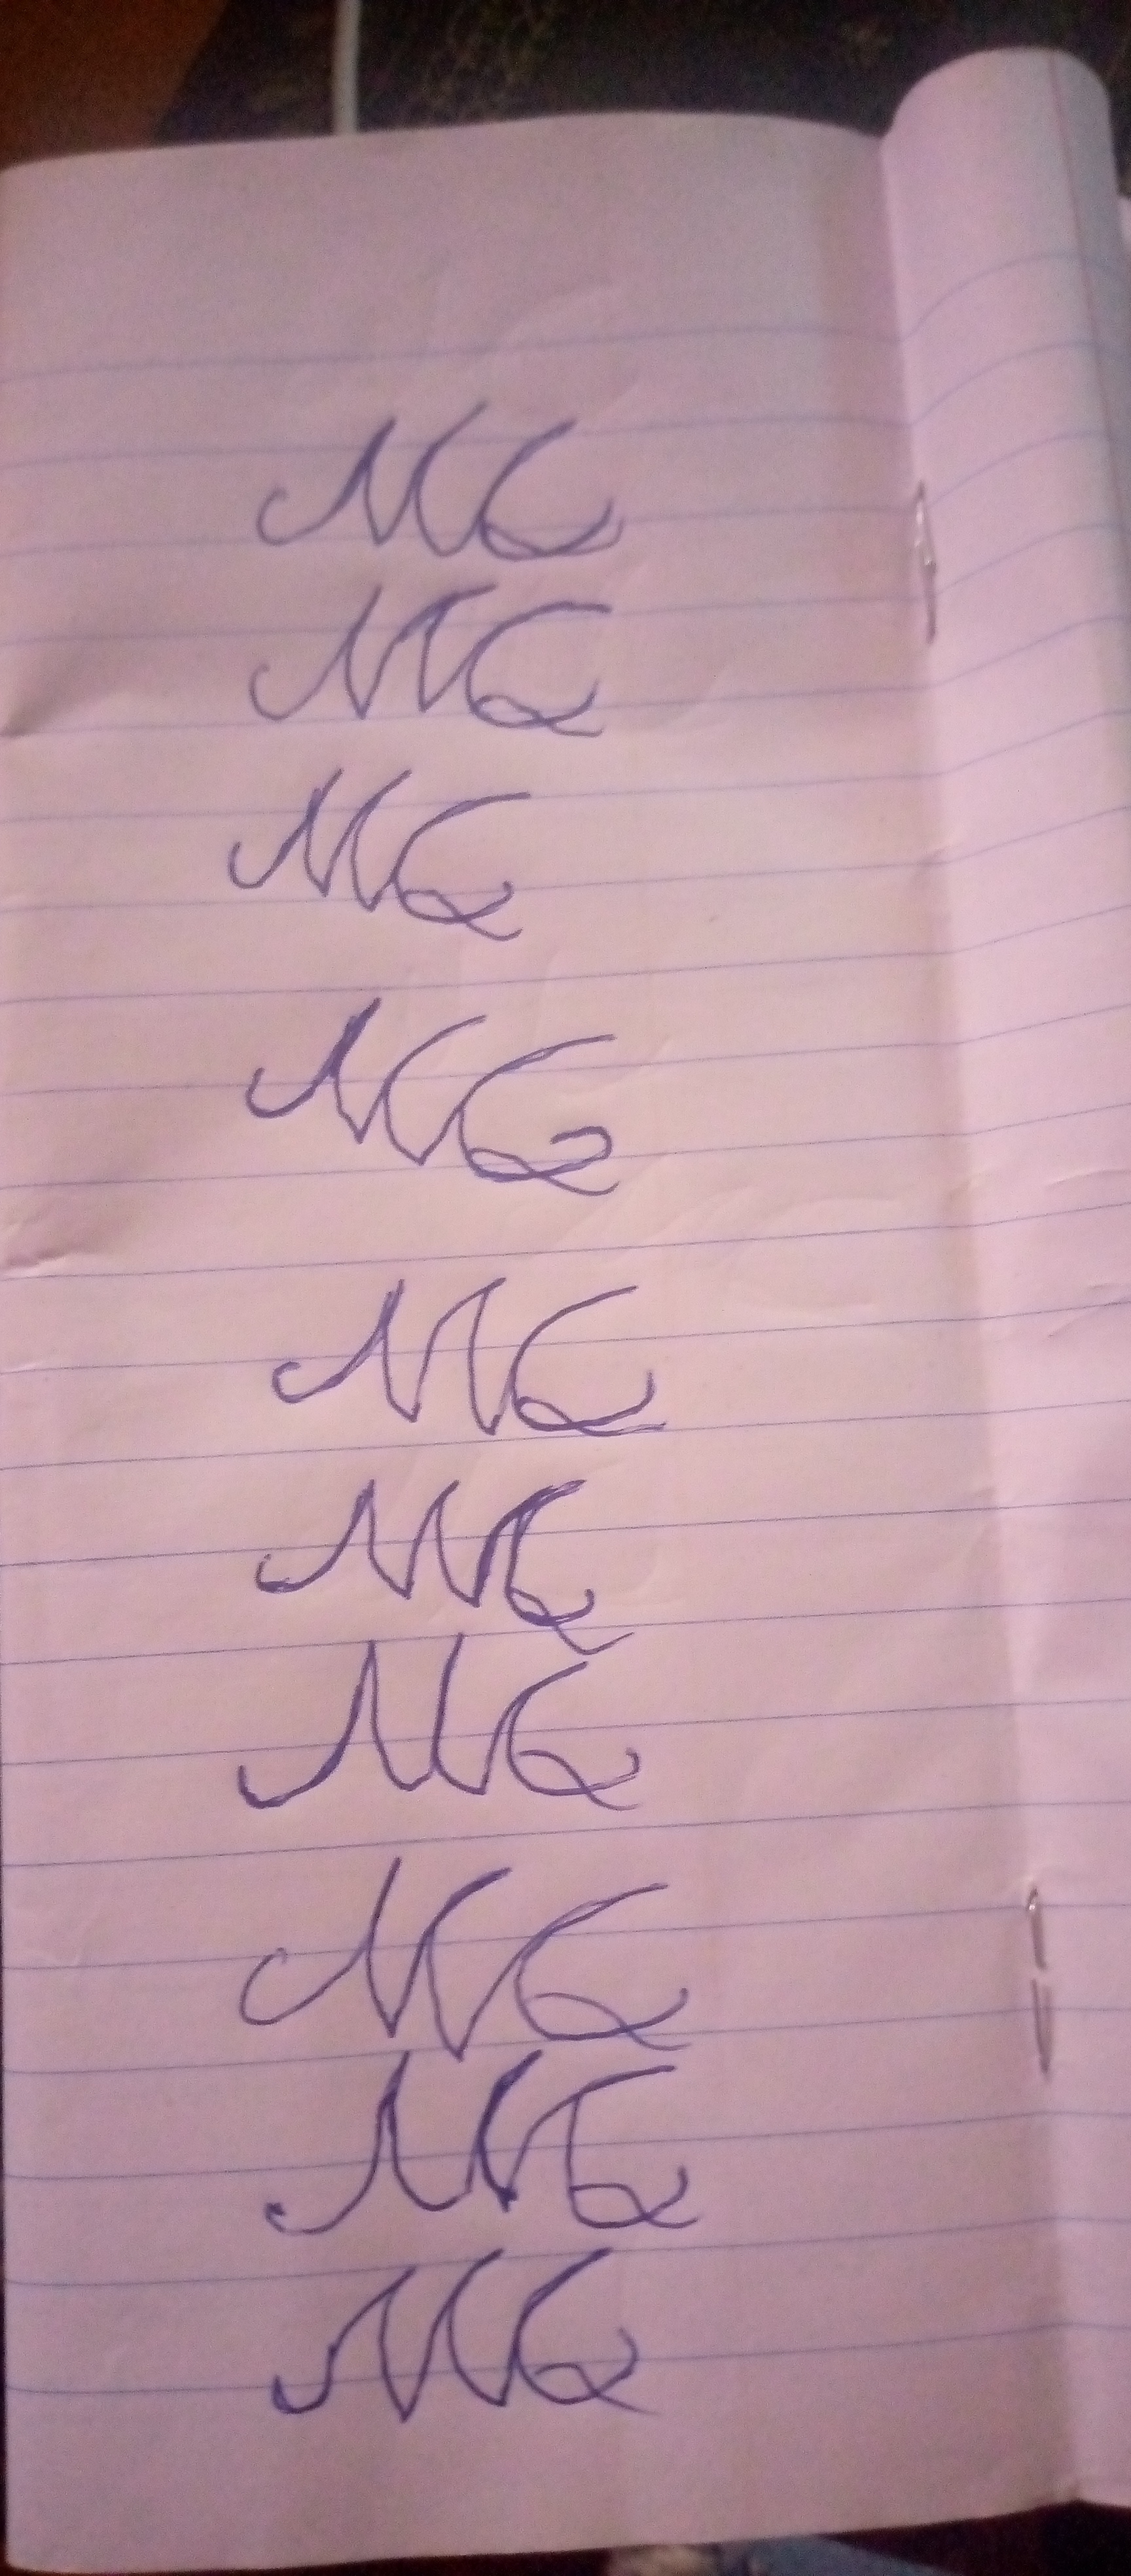
Signature authenticity: forged